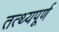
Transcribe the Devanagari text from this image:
तत्थ्यपूर्ण